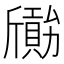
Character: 𣃐